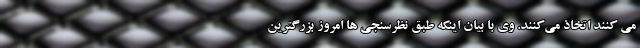
می کنند اتخاذ می‌کنند. وی با بیان اینکه طبق نظرسنجی ها امروز بزرگترین